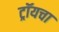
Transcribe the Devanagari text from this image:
ट्रॉयचा